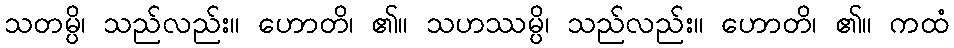
သတမ္ပိ၊ သည်လည်း။ ဟောတိ၊ ၏။ သဟဿမ္ပိ၊ သည်လည်း။ ဟောတိ၊ ၏။ ကထံ